Vaccination in Bombay 1869-1873 - 1869-1873
Year: 1869
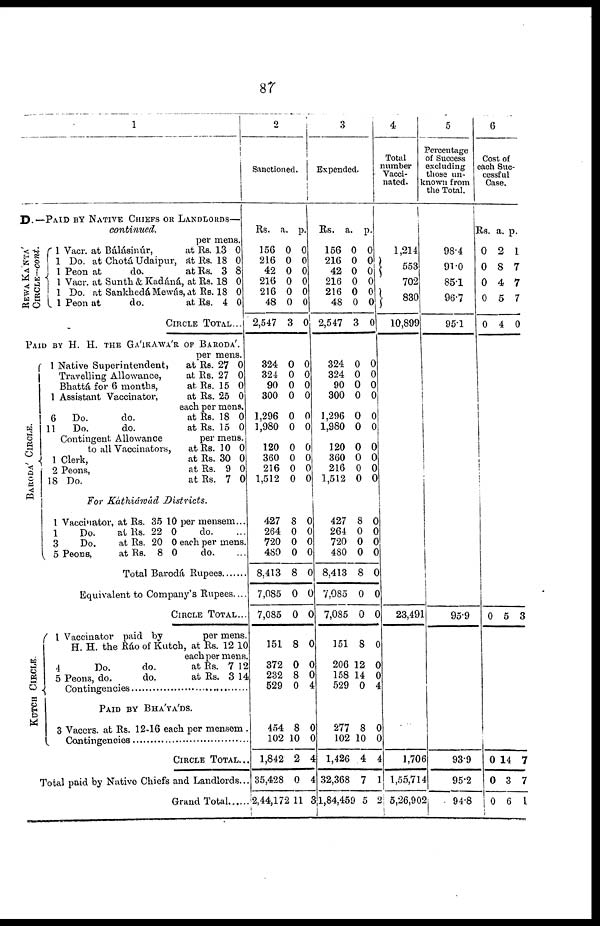
87
1
D.— PAID BY NATIVE CHIEFS OR LANDLORDS—
continued.
per mens.
REWA KANTA'
CIRCLE—cont.
1 Vacr. at Bálásinúr,
at
1 Do. at Chotá Udaipur, At
1 Peon at
do.
at
1 Vacr. at Sunth & Kadáná, at
1 Do. at Sankhedá Mewás, at
1 Peon at
do.
at
Rs.
Rs.
Rs.
Rs.
Rs.
Rs.
13
18
3
18
18
4
0
0
8
0
0
0
CIRCLE TOTAL...
PAID BY H. H. THE GA'IKAWA'R OF BARODA'.
BARODA' CI RCLE.
KOTCH CIRCLE.
per mens.
1 Native Superintendent,
at
Travelling Allowance,
at
Bhattá for 6 months,
at
1 Assistant Vaccinator,
at
Rs.
Rs.
Rs.
Rs.
27
27
15
25
0
0
0
0
each per mens.
6
Do.
do.
at
11
Do.
do.
at
Rs.
Rs.
18
15
0
0
Contingent Allowance
per mens.
to all Vaccinators,
at
1 Clerk,
at
2 Peons,
at
18 Do.
at
Rs.
Rs.
Rs.
Rs
10
30
9
7
0
0
0
0
For K'athiáwád
Districts.
1 Vaccinator, at
1
Do.
at
3
Do.
at
5 Peons,
at
Rs.
Rs.
Rs.
Rs
35
22
20
8
10
0
0
0
per mensem...
do.
each per mens.
do. ...
Total Barodá Rupees. .........
Equivalent to Company's Rupees. ...
CIRCLE TOTAL...
1 Vaccinator paid by
per mens.
H. H. the Ráo of Kutch, at Rs. 12 10
each per mens.
4
Do.
do.
at
5 Peons, do.
do.
at
Rs.
Rs.
7
3
12
14
Contingencies ...........................
PAID BY BHA'YA'DS.
3 Vaccrs. at Rs.12-16each per mensem.
Contingencies ..............................
CIRCLE TOTAL...
Total paid by Native Chiefs and Landlords...
Grand Total......
2
Sanctioned.
Rs.
a.
p.
156
216
42
216
216
48
2,547
0
0
0
0
0
0
3
0
0
0
0
0
0
0
324
324
90
300
0
0
0
0
0
0
0
0
1,296
1,980
0
0
0
0
120
360
216
1,512
0
0
0
0
0
0
0
0
427
264
720
480
8,413
7,085
7,085
8
0
0
0
8
0
0
0
0
0
0
0
0
0
151 8 0
372
232
529
0
8
0
0
0
4
454
102
1,842
35,428
2,44,172
8
10
2
0
11
0
0
4
4
3
3
Expended.
Rs.
a.
p.
156
216
42
216
216
48
2,547
0
0
0
0
0
0
3
0
0
0
0
0
0
0
324
324
90
300
0
0
0
0
0
0
0
0
1,296
1,980
0
0
0
0
120
360
216
1,512
0
0
0
0
0
0
0
0
427
264
720
480
8,413
7,085
7,085
8
0
0
0
8
0
0
0
0
0
0
0
0
0
151 8 0
206
158
529
12
14
0
0
0
4
277
102
1,426
32,368
1,84,459
8
10
4
7
5
0
0
4
1
2
4
Total
number
Vacci-
nated.
1,214
553
702
830
10,899
23,491
1,706
1,55,714
5,26,902
5
Percentage
of Success
excluding
those un¬
known from
the Total.
98.4
91.0
85.1
96.7
95.1
95.9
93.9
95.2
94.8
6
Cost of
each Suc-
cessful
Case.
Rs. a. p.
0
0
0
0
0
2
8
4
5
4
1
7
7
7
0
0 5 3
0
0
0
14
3
6
7
7
1